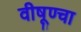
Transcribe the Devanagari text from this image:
वीषूण्चा